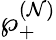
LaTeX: \wp_{+}^{(\mathcal{N})}